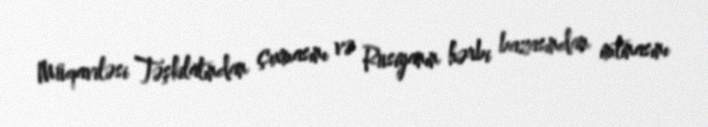
Müqaviləsi Təşkilatından çıxmasını və Rusiyanın hərbi bazasından imtinasını